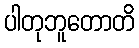
ပါတုဘူတောတိ